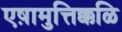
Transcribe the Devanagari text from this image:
एष़ामुत्तिक्कळि